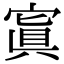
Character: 寘